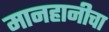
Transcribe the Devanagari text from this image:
मानहानीचा